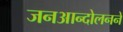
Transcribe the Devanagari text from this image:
जनआन्दोलनने